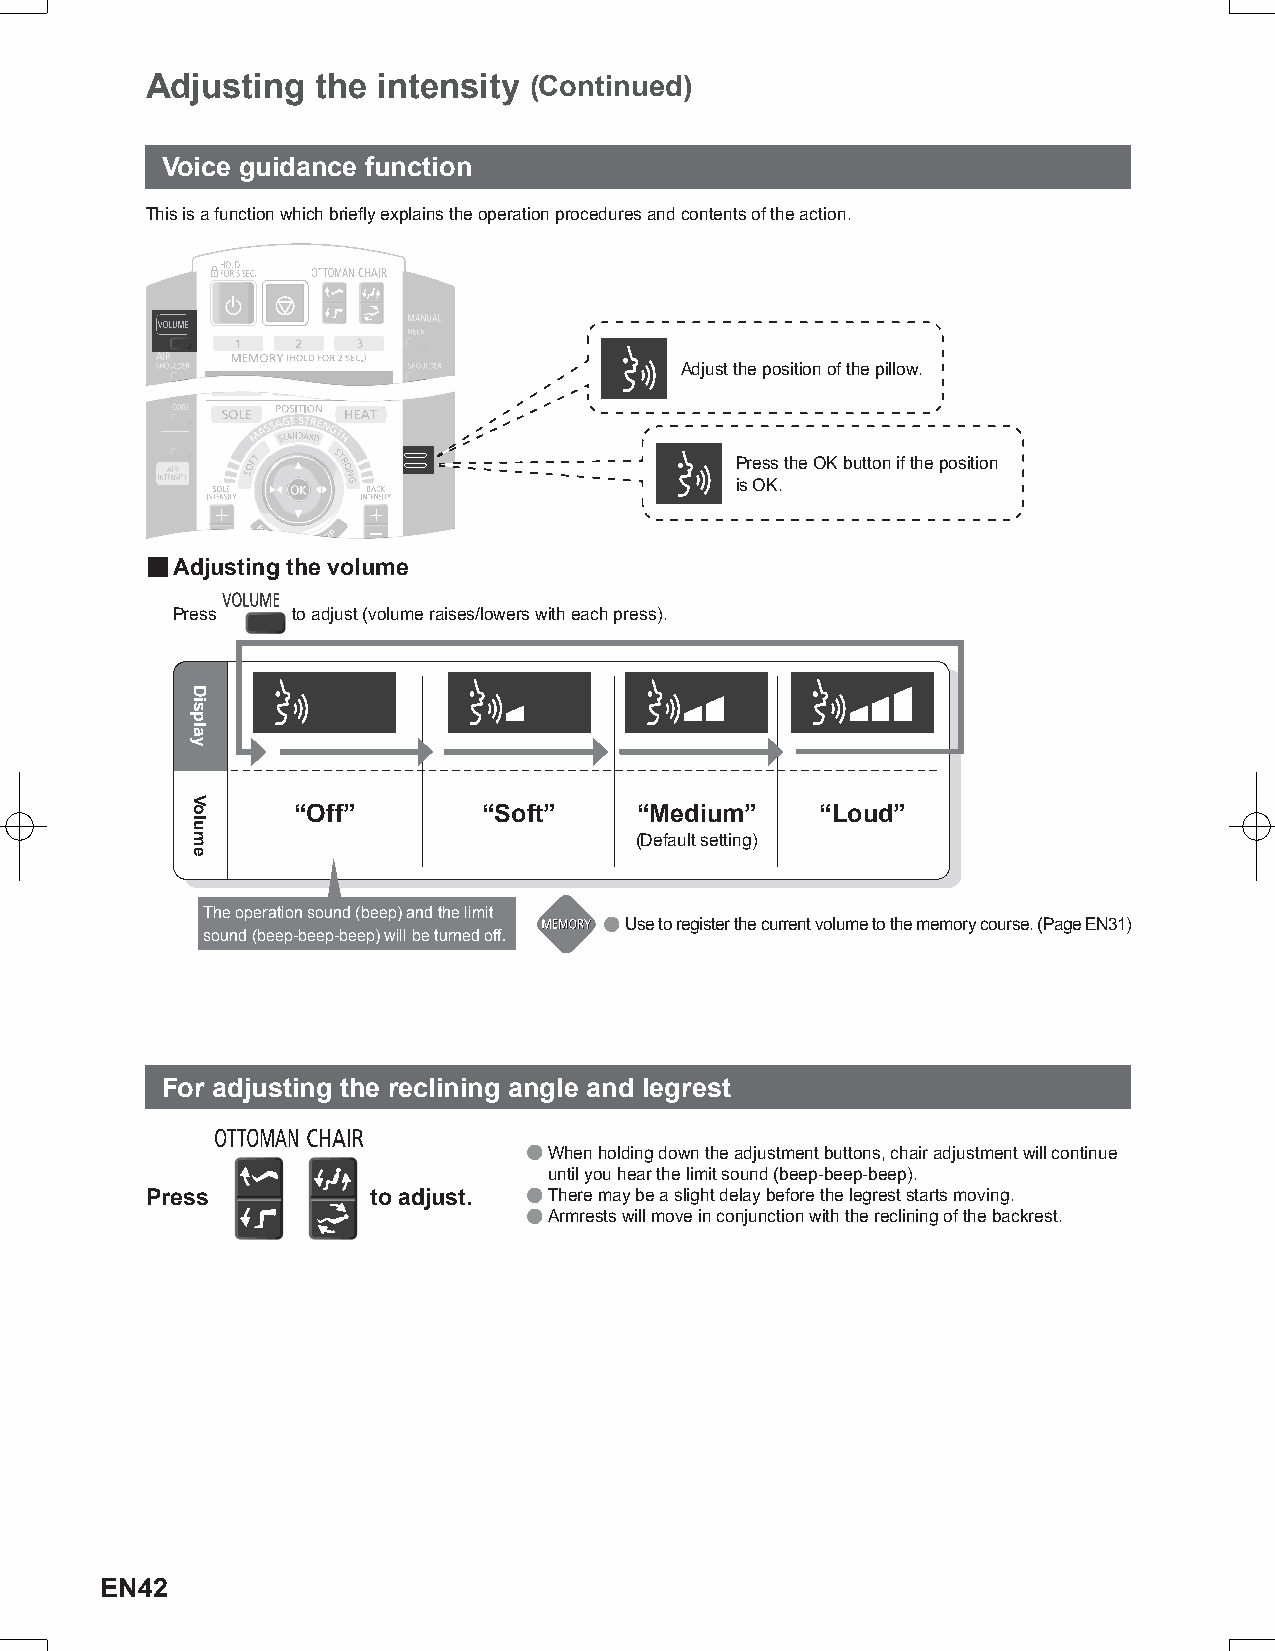
Adjusting  the intensity (Continued)
 Voice guidance function
 This is a function which briefly explains the operation procedures and contents of the action.
 Adjust the position of the pillow.
 Press the OK button if the position
 is OK.
 ■ Adjusting the volume
 Press   to adjust (volume raises/lowers with each press).
 “Off”        “Soft”    “Medium”    “Loud”
 (Default setting)
 The operation sound (beep) and the limit
 ● Use to register the current volume to the memory course. (Page EN31)
 sound (beep-beep-beep) will be turned off.
 For adjusting the reclining angle and legrest
 ● When holding down the adjustment buttons, chair adjustment will continue
 until you hear the limit sound (beep-beep-beep).
 Press         to adjust. ● There may be a slight delay before the legrest starts moving.
 ● Armrests will move in conjunction with the reclining of the backrest.
 EN42
 Display
 Volume